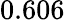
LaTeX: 0.606